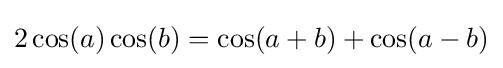
2\cos(a)\cos(b)=\cos(a+b)+\cos(a-b)